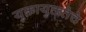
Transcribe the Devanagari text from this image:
युक्तायुक्ततेचे